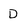
Character: D